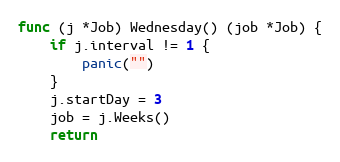
Language: Go
func (j *Job) Wednesday() (job *Job) {
	if j.interval != 1 {
		panic("")
	}
	j.startDay = 3
	job = j.Weeks()
	return